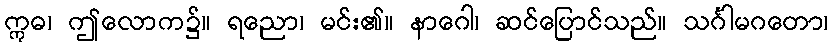
ဣဓ၊ ဤလောက၌။ ရညော၊ မင်း၏။ နာဂေါ၊ ဆင်ပြောင်သည်။ သင်္ဂါမဂတော၊